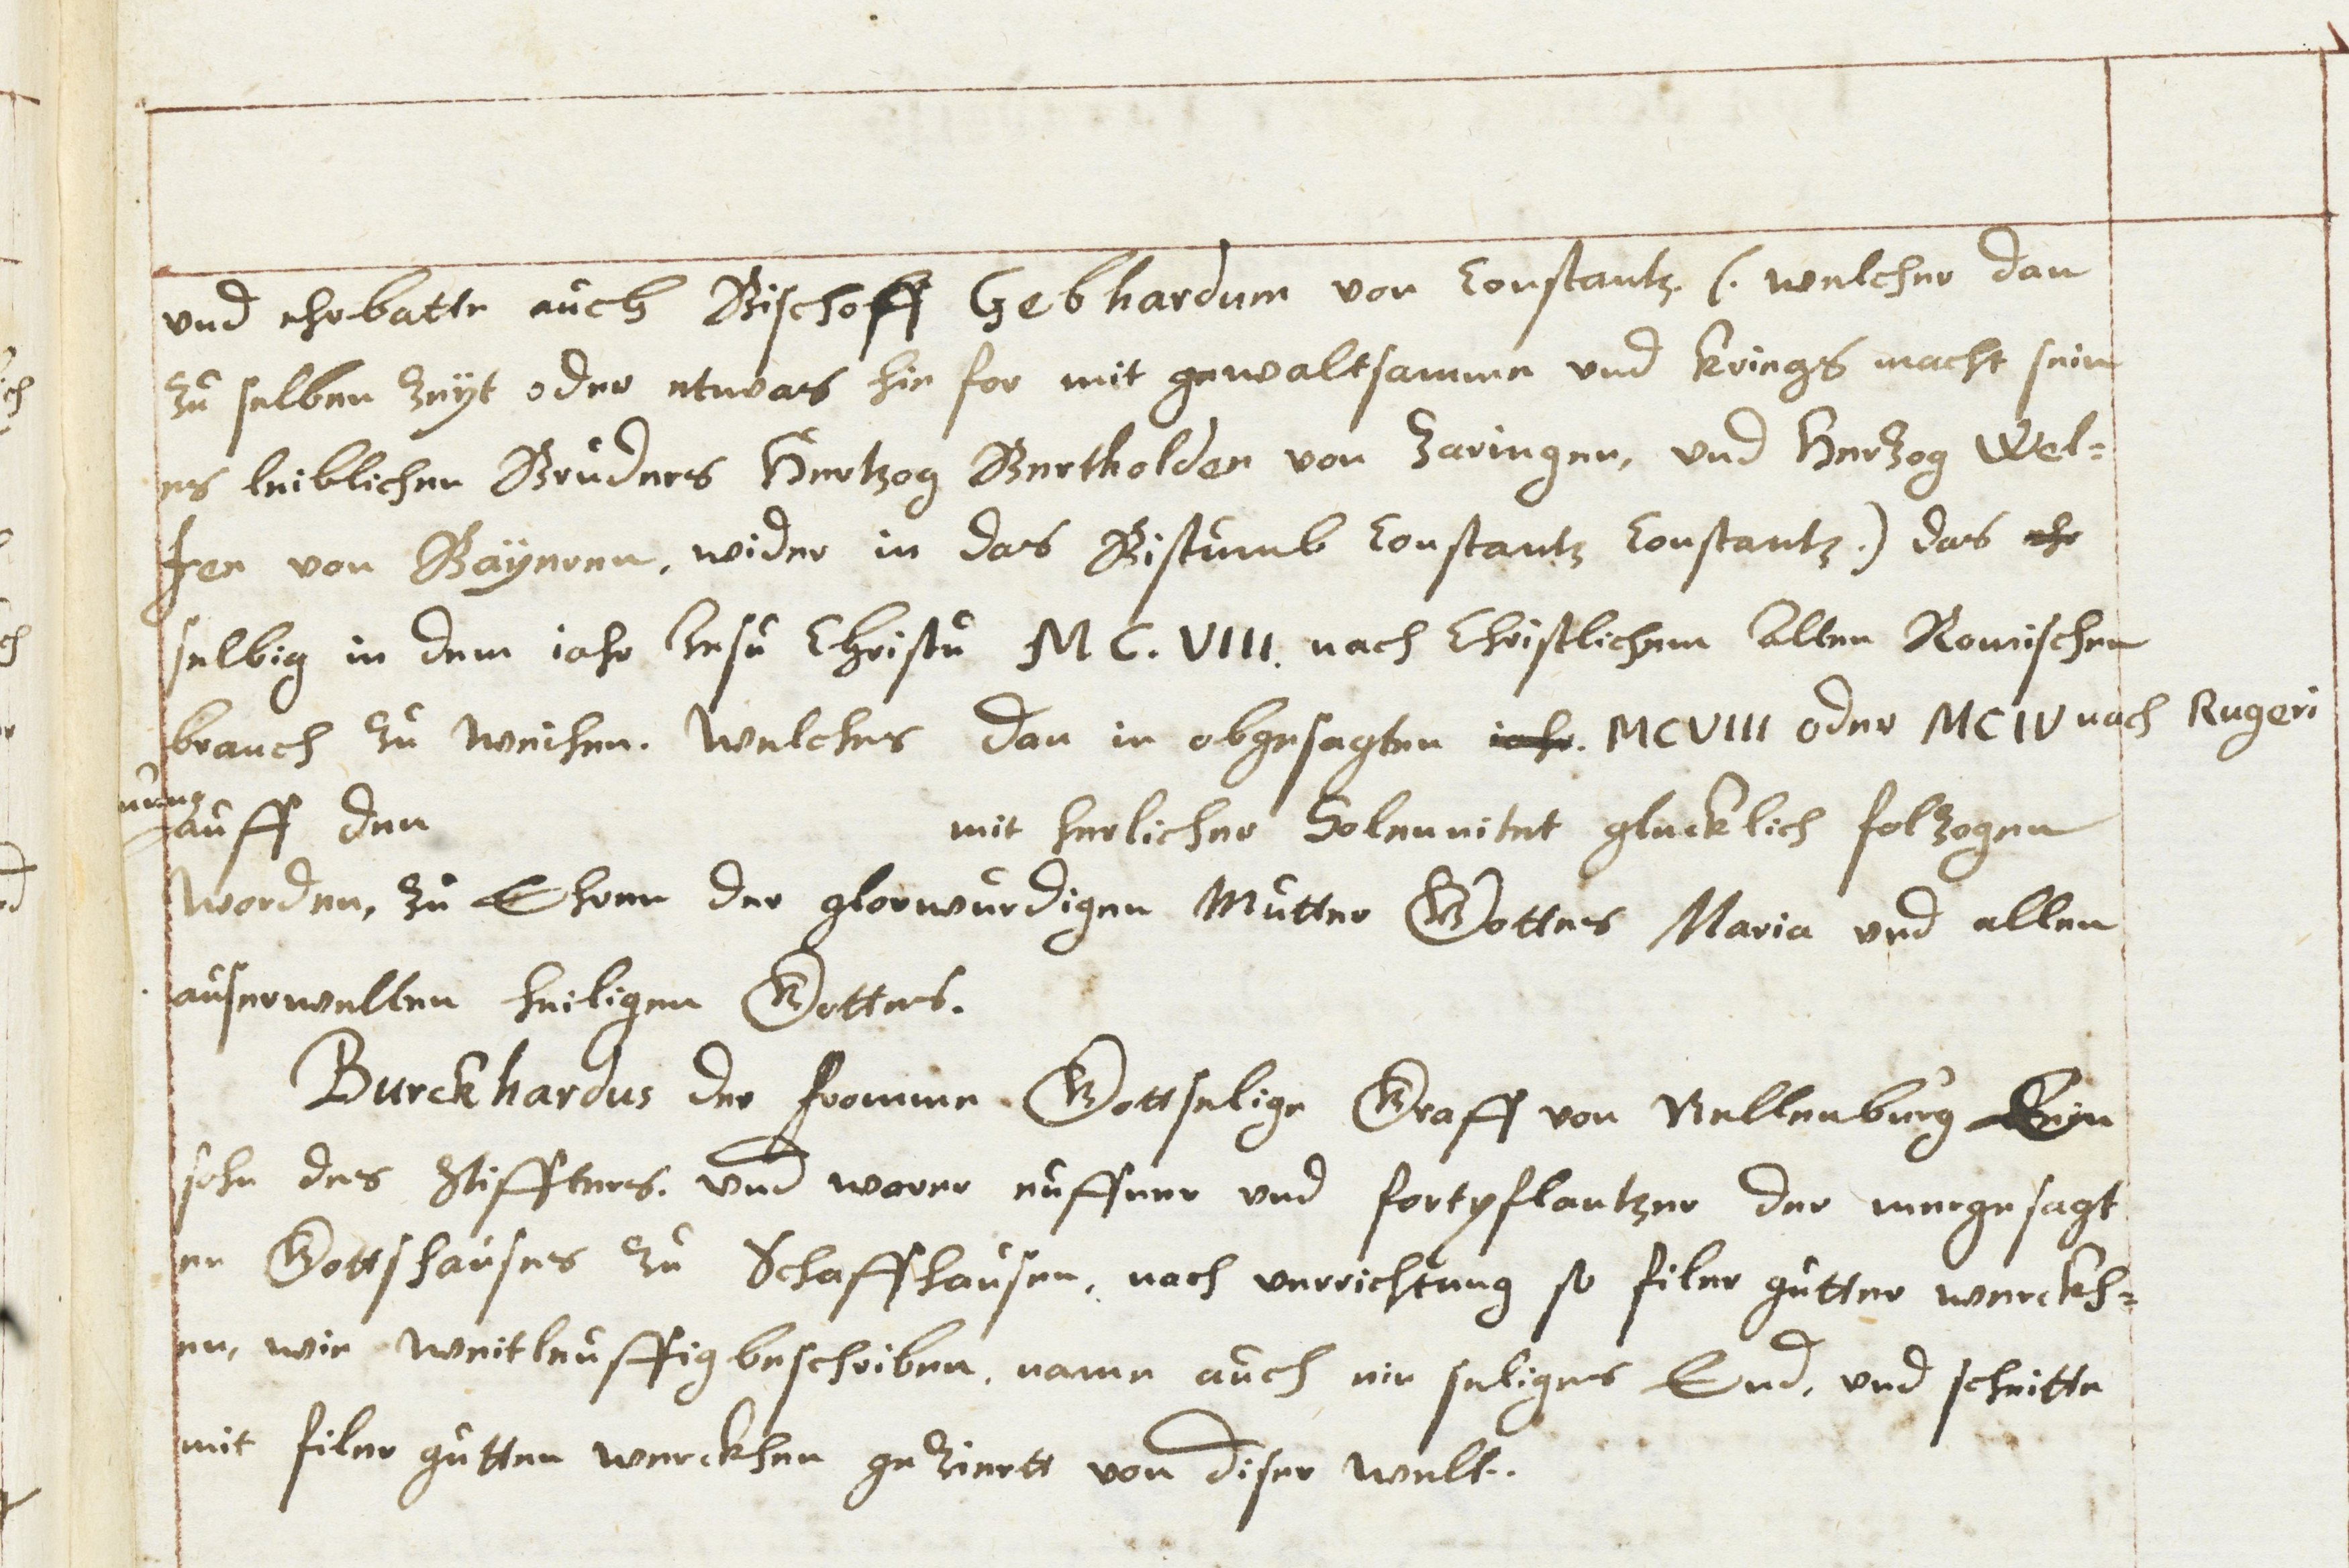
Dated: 1614–1638